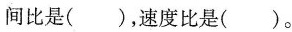
间比是( )，速度比是( )。